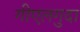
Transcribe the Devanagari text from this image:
गीएलगुदा